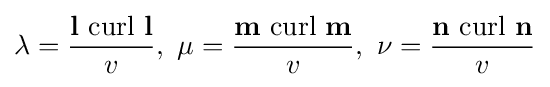
\lambda ={\frac {\mathbf {l} \ \mathrm {curl} \ \mathbf {l} }{v}},\ \mu ={\frac {\mathbf {m} \ \mathrm {curl} \ \mathbf {m} }{v}},\ \nu ={\frac {\mathbf {n} \ \mathrm {curl} \ \mathbf {n} }{v}}